Scientific memoirs by medical officers of the Army of India - Part IV,
Year: 1889
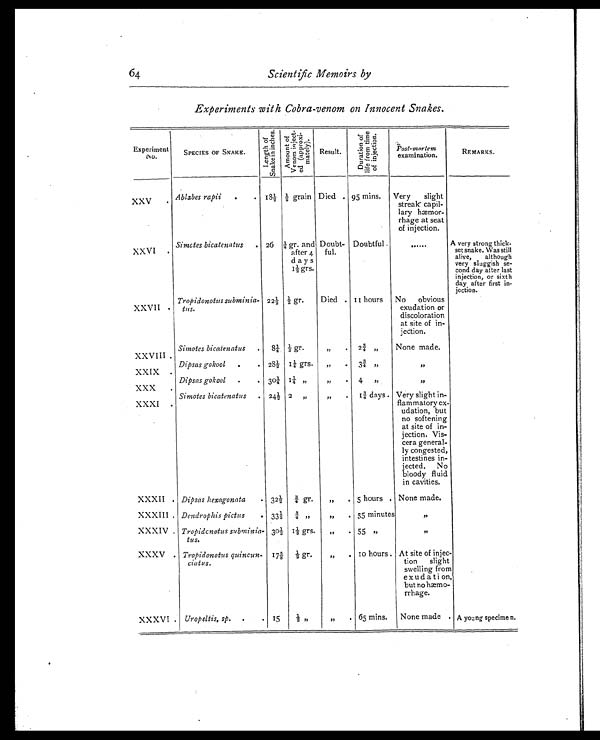
64
Scientific Memoirs by
Experiments with Cobra-venom on Innocent Snakes.
Experiment
No.
S PECIES OF SNAKE.
L e n g t h o f S n a k e i n i n c h e s .
A m o u n t o f V e n o m i n j e c t -e
d ( a p p r i x i -
m a t e l y ) . Result.
D u r a t i o n o f l i f e f r o m t i m e o f i n j e c t i o n .
Post-mortem
examination.
REMARKS.
XXV
. Ablabes rapii
.
.
1 8 ½ ½ grain Died . 95 mins.
Very slight
streak capil-
lary hæmor-
rhage at seat
of injection.
XXVI
.
Simotes bicatenatus
. 26 ¼ gr. and
after 4
day's
1 ½ grs.
Doubt-
ful.
Doubtful
. . . . . .
A very strong thick
-
set snake. Was still
alive, although
very sluggish se-
cond day after last
injection, or sixth
day after first in-
jection.
XXVII .
Tropidonotus subminia-
tus.
22½ ½ gr.
Died . 11 hours
No obvious
exudation or
discoloration
at site of in-
jection.
Simotes bicatenatus
.
8¼ 1/3 gr.
,,,
2¾ ,,
None made.
XXVIII .
Dipsas gokool
.
. 28½ 1¼ grs.
„
. 3¾ „
, ,
XXIX
.
Dipsas gokool
.
. 30¼ 1¼ „
,,
. 4
, ,
XXX
.
XXXI
.
Simotes bicatenatus . 24½ 2 „
„
.
1¾ days. Very slight in-
flammatory ex-
udation, but
no softening
at site of in-
jection. Vis-
cera general-
ly congested,
intestines in-
jected. No
bloody fluid
in cavities.
XXXII . Dipsas hexagonata
. 32½ ¾ gr.
„
. 5 hours . None made.
XXXIII . Dendrophis pictus
. 33½ ¾ , ,
,,
. 55 minutes
,,
XXXIV . Tropidonotus subminia-
tus.
30½ 11/3 grs.
„
. 55 ,,
, ,
XXXV . Tropidonotus quincun-
ciatus.
175/8 ½ gr.
„
. 10 hours . At site of injec-
tion slight
swelling from
exudation,
but no hæmo-
rrhage.
XXXVI . Uropeltis, sp. .
. 15
½ „
„
. 65 mins.
None made . A young specimen.